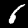
Label: 6